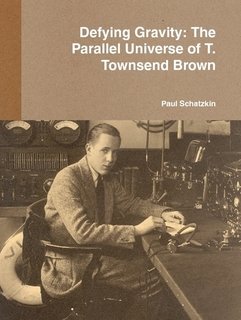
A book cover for Defying Gravity: The Parallel Universe of T. Townsend Brown; Paul Schatzkin; Science & Math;